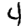
Digit: 4